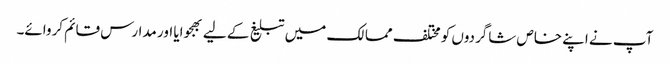
آپ نے اپنے خاص شاگردوں کو مختلف ممالک میں تبلیغ کے لیے بھجوایا اور مدارس قائم کروائے۔